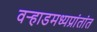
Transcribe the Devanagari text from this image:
वर्‍हाडमध्यप्रांतांत